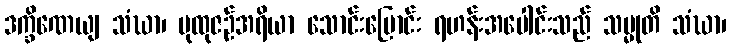
ဒက္ခိဏေယျ သံဃာ၊ ပုထုဇဉ်အရိယာ သောင်းပြောင်း ရဟန်းအပေါင်းသည် သမ္မုတိ သံဃာ၊